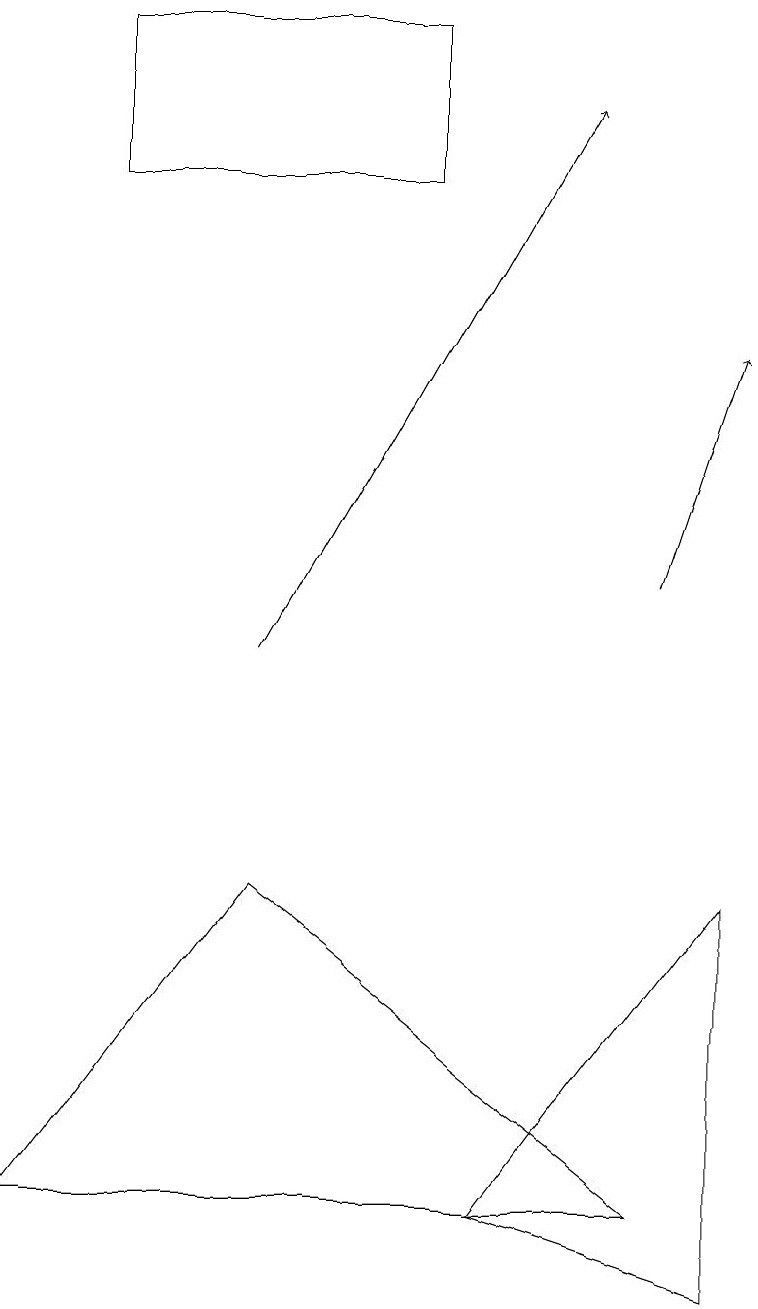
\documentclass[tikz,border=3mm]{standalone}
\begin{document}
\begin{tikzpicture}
\draw[->] (8,11) -- (9,14);
\draw[->] (3,10) -- (7,17);
\draw (9,7) -- (9,2) -- (6,3) -- cycle;
\draw (3,7) -- (0,3) -- (8,3) -- cycle;
\draw (1,18) rectangle (5,16);
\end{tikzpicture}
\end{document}